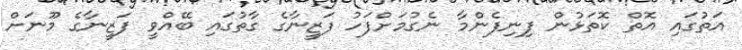
އަތުގައި އޮތް ކޮތަޅުން ފިނިފެންމާ ނެގުމަށްފަހު ފަޒީނާގެ ގާތުގައި ބޭއްވީ ފަޒީނާގެ މޫނަށް